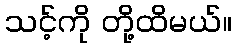
သင့်ကို တို့ထိမယ်။